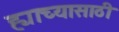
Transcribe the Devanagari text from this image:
ह्याच्यासाठी